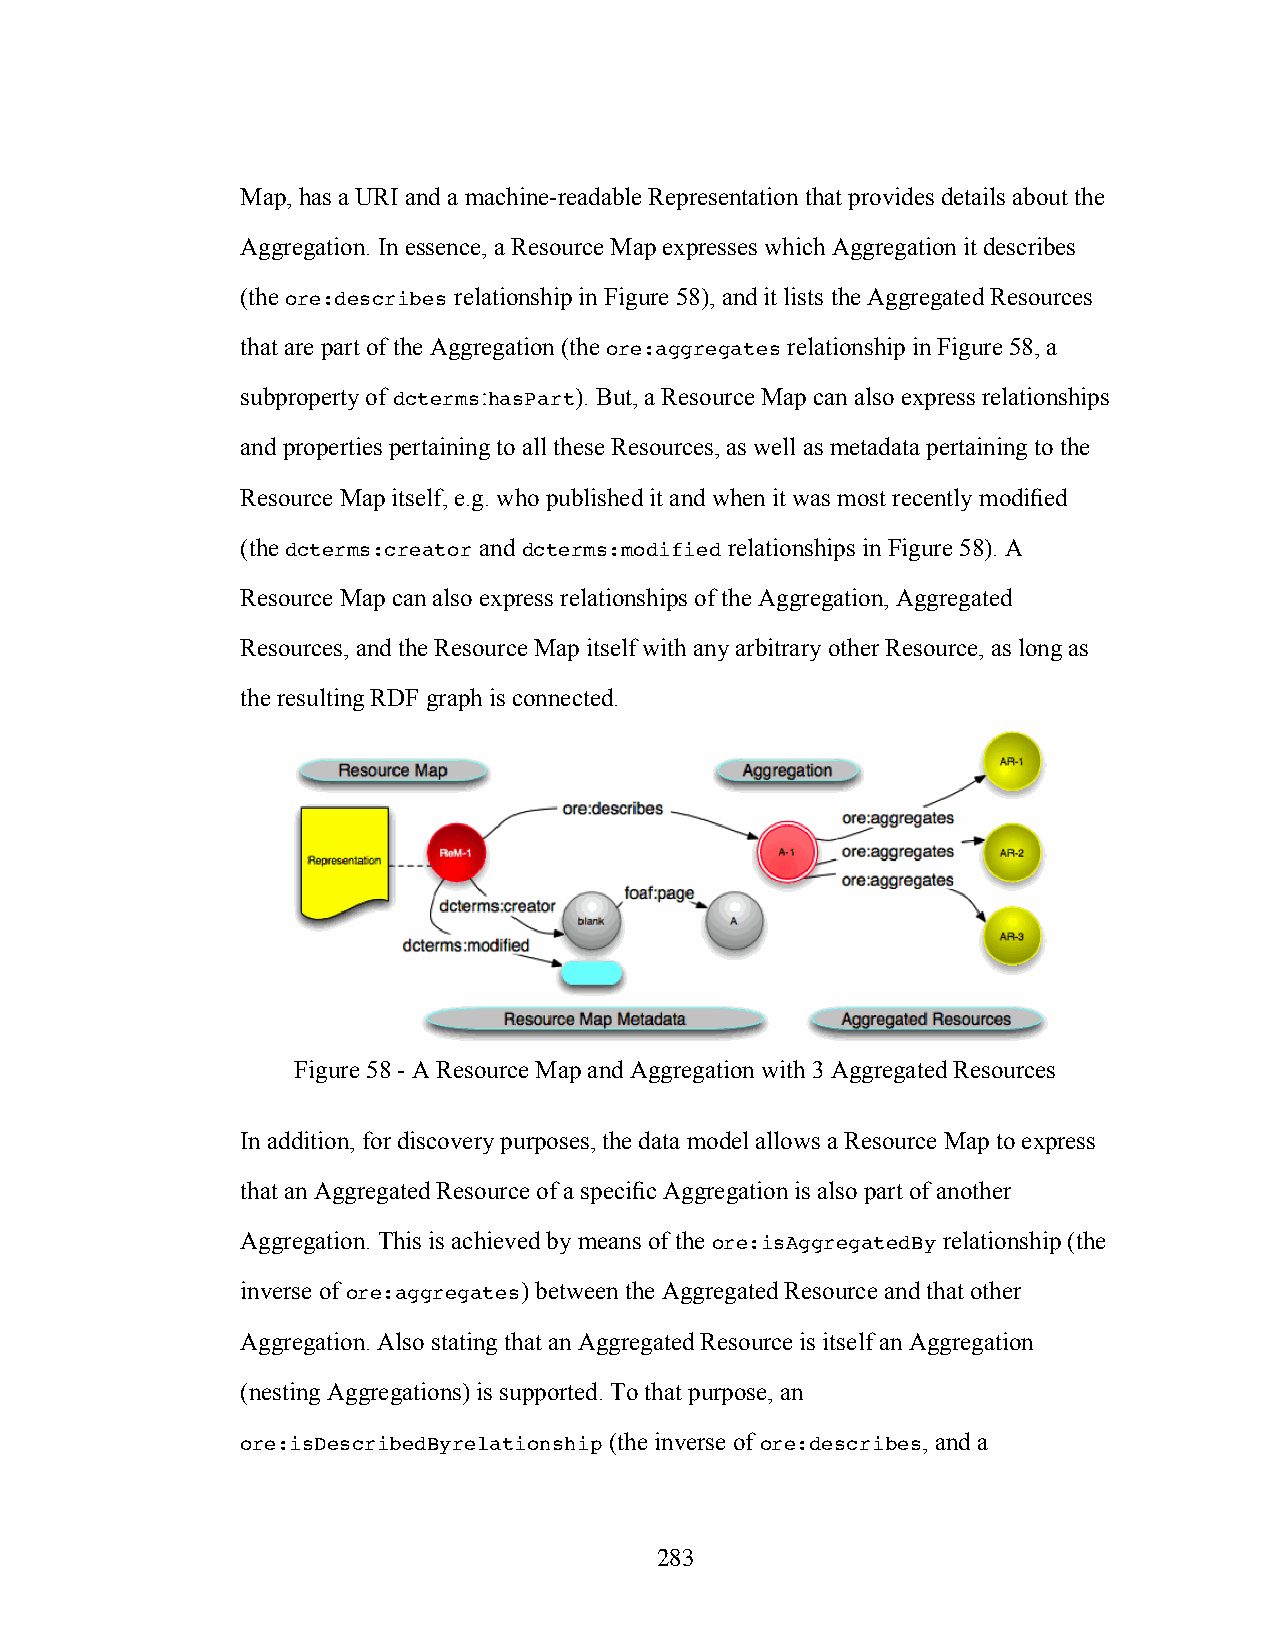
Map, has a URI and a machine-readable Representation that provides details about the
 Aggregation. In essence, a Resource Map expresses which Aggregation it describes
 (the ore:describes relationship in Figure 58), and it lists the Aggregated Resources
 that are part of the Aggregation (the ore:aggregates relationship in Figure 58, a
 subproperty of dcterms:hasPart). But, a Resource Map can also express relationships
 and properties pertaining to all these Resources, as well as metadata pertaining to the
 Resource Map itself, e.g. who published it and when it was most recently modified
 (the dcterms:creator and dcterms:modified relationships in Figure 58). A
 Resource Map can also express relationships of the Aggregation, Aggregated
 Resources, and the Resource Map itself with any arbitrary other Resource, as long as
 the resulting RDF graph is connected.
 Figure 58 - A Resource Map and Aggregation with 3 Aggregated Resources
 In addition, for discovery purposes, the data model allows a Resource Map to express
 that an Aggregated Resource of a specific Aggregation is also part of another
 Aggregation. This is achieved by means of the ore:isAggregatedBy relationship (the
 inverse of ore:aggregates) between the Aggregated Resource and that other
 Aggregation. Also stating that an Aggregated Resource is itself an Aggregation
 (nesting Aggregations) is supported. To that purpose, an
 ore:isDescribedByrelationship (the inverse of ore:describes, and a
 283